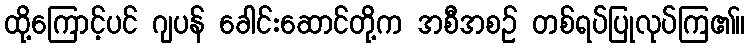
ထို့ကြောင့်ပင် ဂျပန် ခေါင်းဆောင်တို့က အစီအစဉ် တစ်ရပ်ပြုလုပ်ကြ၏။